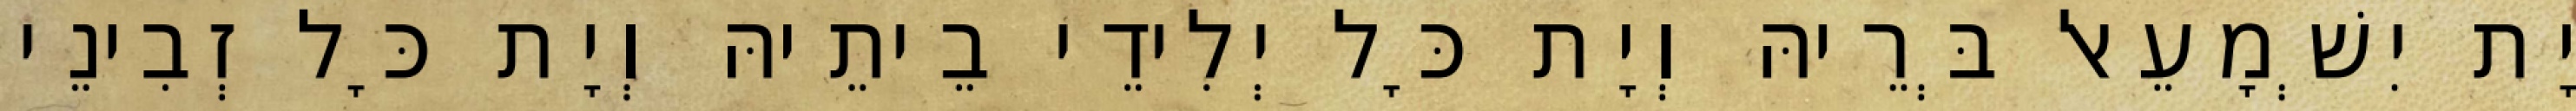
יָת יִשְׁמָעֵאל בְּרֵיהּ וְיָת כָּל יְלִידֵי בֵיתֵיהּ וְיָת כָּל זְבִינֵי